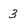
Character: 3